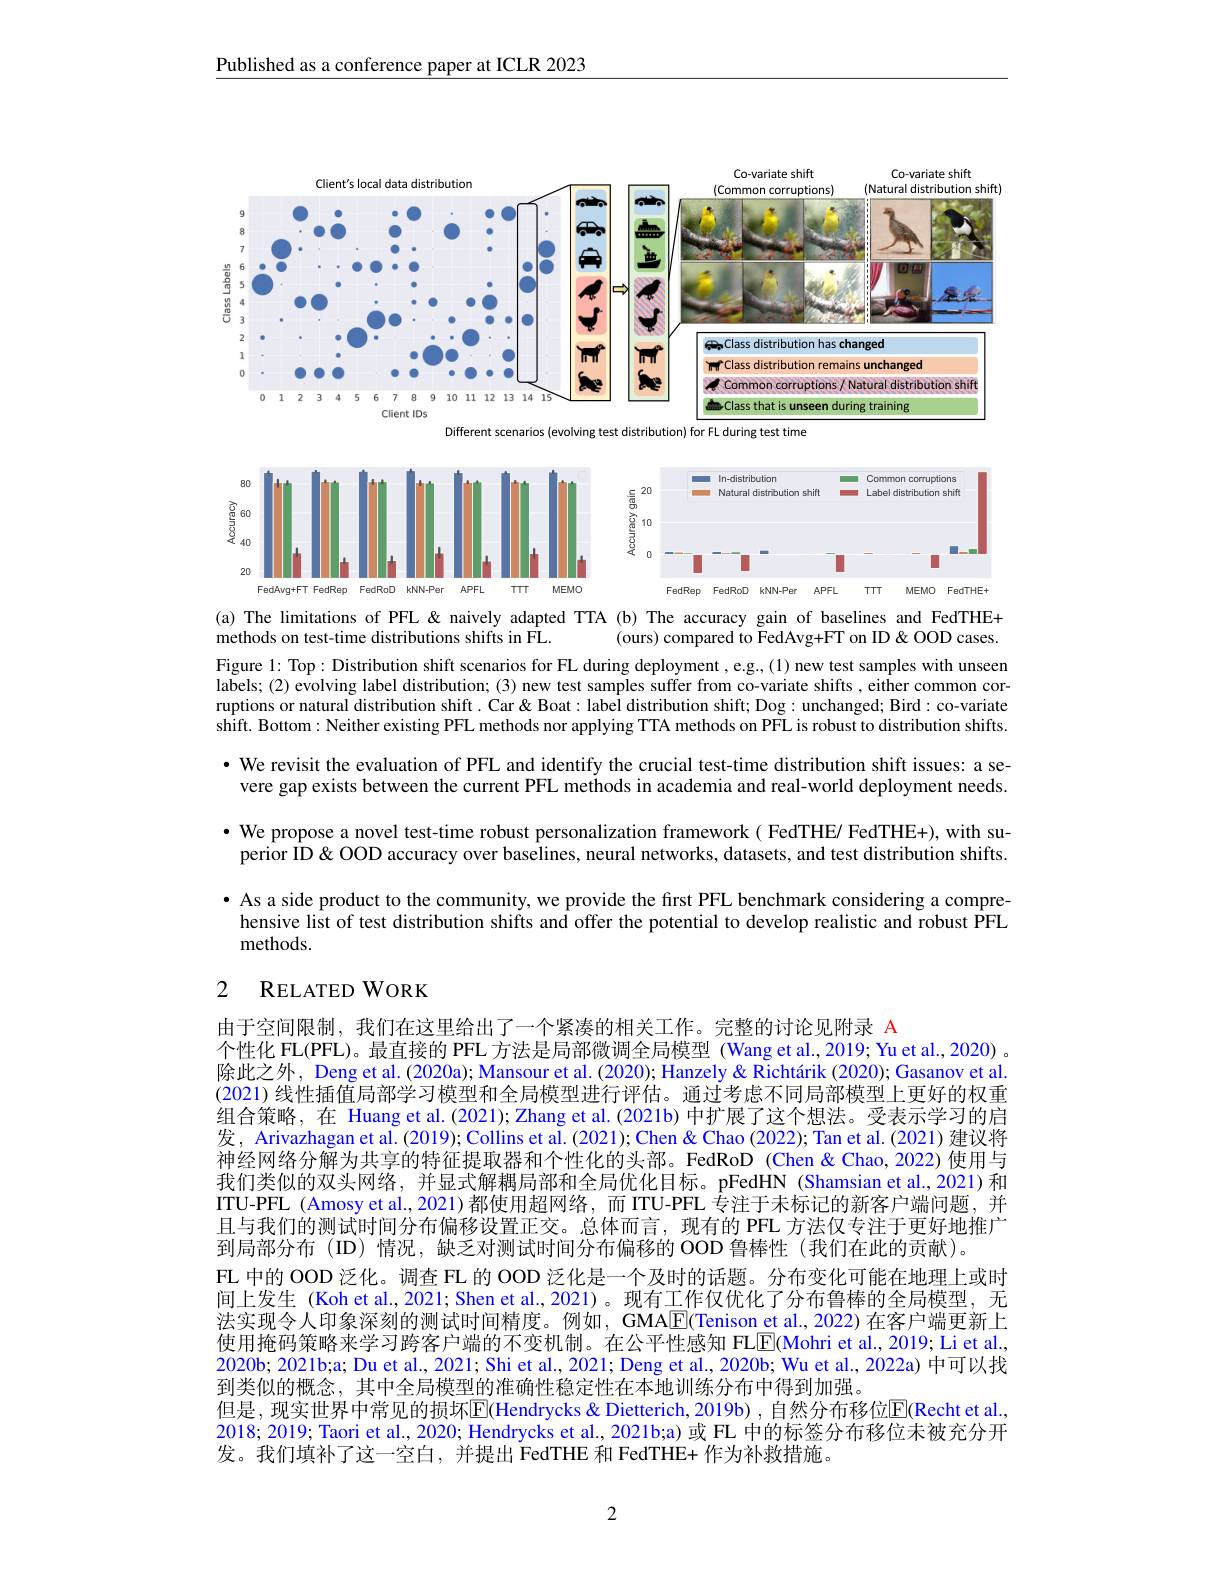
Published as a conference paper at ICLR 2023

<FigureHere>

<FigureHere>
(a) The limitations of PFL & naively adapted TTA (b) The accuracy gain of baselines and FedTHE+

(ours) compared to FedAvg+FT on ID & OOD cases.
methods on test-time distributions shifts in FL.
Figure 1: Top: Distribution shift scenarios for FL during deployment , e.g.,(1) new test samples with unseen labels; (2) evolving label distribution; (3) new test samples suffer from co-variate shifts, either common corruptions or natural distribution shift. Car & Boat: label distribution shift; Dog: unchanged; Bird: co-variate shift. Bottom: Neither existing PFL methods nor applying TTA methods on PFL is robust to distribution shifts. · We revisit the evaluation of PFL and identify the crucial test-time distribution shift issues: a se-
vere gap exists between the current PFL methods in academia and real-world deployment needs. · We propose a novel test-time robust personalization framework ( FedTHE/ FedTHE+), with superior ID & OOD accuracy over baselines, neural networks, datasets, and test distribution shifts. · As a side product to the community, we provide the first PFL benchmark considering a comprehensive list of test distribution shifts and offer the potential to develop realistic and robust PFL methods.

## 2 RELATEDWORK

由于空间限制，我们在这里给出了一个紧凑的相关工作。完整的讨论见附录 A
个性化 FL(PFL)。最直接的 PFL 方法是局部微调全局模型 (Wang et al.,2019; Yu et al., 2020) 。除此之外，Deng et al.(2020a); Mansour et al.(2020); Hanzely & Richtárik (2020); Gasanov et al. (2021) 线性插值局部学习模型和全局模型进行评估。通过考虑不同局部模型上更好的权重组合策略，在 Huang et al.(2021); Zhang et al.(2021b) 中扩展了这个想法。受表示学习的启发，Arivazhagan et al. (2019); Collins et al. (2021); Chen & Chao (2022); Tan et al. (2021) 建议将神经网络分解为共享的特征提取器和个性化的头部。FedRoD (Chen& Chao, 2022) 使用与我们类似的双头网络，并显式解耦局部和全局优化目标。pFedHN (Shamsian et al.,2021) 和ITU-PFL (Amosy et al.,2021)都使用超网络，而 ITU-PFL 专注于未标记的新客户端问题，并且与我们的测试时间分布偏移设置正交。总体而言，现有的 PFL 方法仅专注于更好地推广到局部分布 (ID) 情况，缺乏对测试时间分布偏移的 OOD 鲁棒性 (我们在此的贡献)。
FL 中的 OOD 泛化。调查 FL 的 OOD 泛化是一个及时的话题。分布变化可能在地理上或时间上发生 (Koh et al., 2021; Shen et al., 2021)。现有工作仅优化了分布鲁棒的全局模型，无法实现令人印象深刻的测试时间精度。例如，GMA$\boxed{\mathrm{F}}($Tenison et al., 2022) 在客户端更新上使用掩码策略来学习跨客户端的不变机制。在公平性感知 FLE(Mohri et al., 2019; Li et al., 2020b; 2021b;a; Du et al., 2021; Shi et al., 2021; Deng et al., 2020b; Wu et al., 2022a) 中可以找到类似的概念，其中全局模型的准确性稳定性在本地训练分布中得到加强。
但是，现实世界中常见的损坏$\overline{\mathbb{E}}$(Hendrycks& Dietterich, 2019b) , 自然分布移位$\overline{\mathbb{E}}$(Recht et al. 2018; 2019; Taori et al., 2020; Hendrycks et al., 2021b;a) 或 FL 中的标签分布移位未被充分开发。我们填补了这一空白，并提出 FedTHE 和 FedTHE+ 作为补救措施。

2